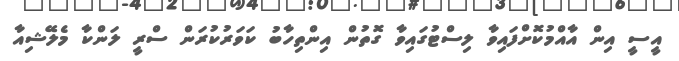
އީސީ އިން އާއްމުކޮށްފައިވާ ލިސްޓުގައިވާ ގޮތުން އިންތިހާބު ކަވަރުކުރަން ސްރީ ލަންކާ މެލޭޝިއާ